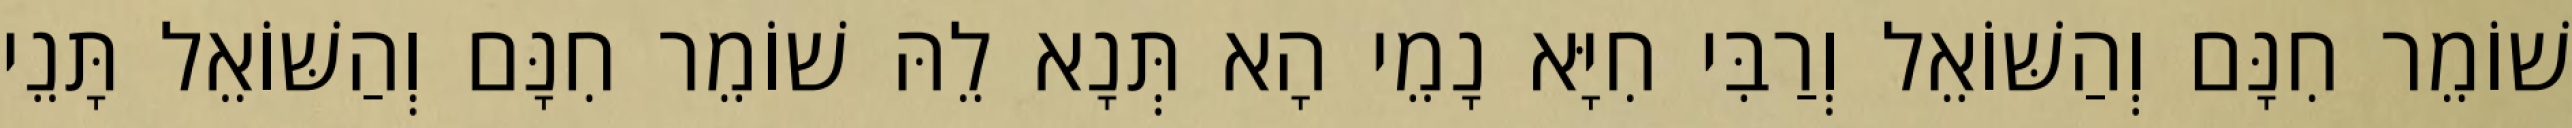
שׁוֹמֵר חִנָּם וְהַשּׁוֹאֵל וְרַבִּי חִיָּא נָמֵי הָא תְּנָא לֵהּ שׁוֹמֵר חִנָּם וְהַשּׁוֹאֵל תָּנֵי